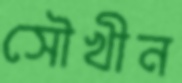
সৌখীন